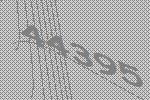
44395